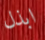
ابذل